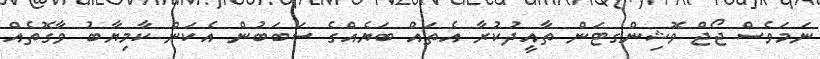
ނަމަވެސް ޖޯޖް ވޮޝިންގޓަން ތާއީދުކުރާ އެތައް ބަޔެއްގެ ސަބަބުން އެކަން ކާމިޔާބު ވާގޮތެއް